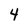
Character: 4